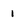
Character: 1